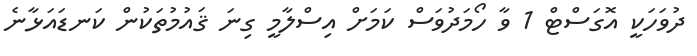
ދުވަހަކީ އޮގަސްޓް 1 ވާ ހޯމަދުވަސް ކަމަށް އިސްލާމީ ގިނަ ޤައުމުތަކުން ކަނޑައަޅާނެ